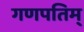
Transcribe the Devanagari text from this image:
गणपतिम्‌